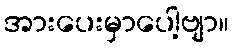
အားပေးမှာပေါ့ဗျာ။